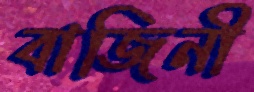
বাজিনী